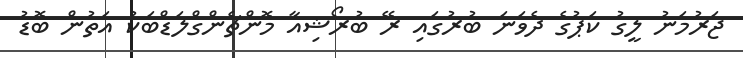
ޖަރުމަނު ލީގު ކަޕުގެ ދެވަނަ ބުރުގައި ރޭ ބުރޯޝިއާ މޮންޗެންގްލަޑްބަކު އަތުން ބޮޑު